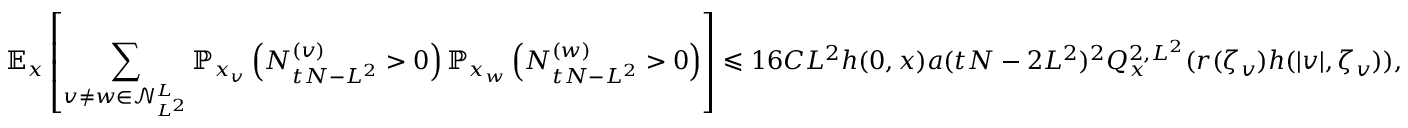
\mathbb { E } _ { x } \left[ \sum _ { v \neq w \in \mathcal { N } _ { L ^ { 2 } } ^ { L } } \mathbb { P } _ { x _ { v } } \left( N _ { t N - L ^ { 2 } } ^ { ( v ) } > 0 \right) \mathbb { P } _ { x _ { w } } \left( N _ { t N - L ^ { 2 } } ^ { ( w ) } > 0 \right) \right] \leqslant 1 6 C L ^ { 2 } h ( 0 , x ) a ( t N - 2 L ^ { 2 } ) ^ { 2 } { Q _ { x } ^ { 2 , L ^ { 2 } } ( r ( \zeta _ { v } ) h ( | v | , \zeta _ { v } ) ) , }